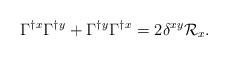
LaTeX: \begin{align*}\Gamma^\dagger{}^x \Gamma^\dagger{}^y + \Gamma^\dagger{}^y\Gamma^\dagger{}^x = 2\delta^{xy}\mathcal{R}_x .\end{align*}